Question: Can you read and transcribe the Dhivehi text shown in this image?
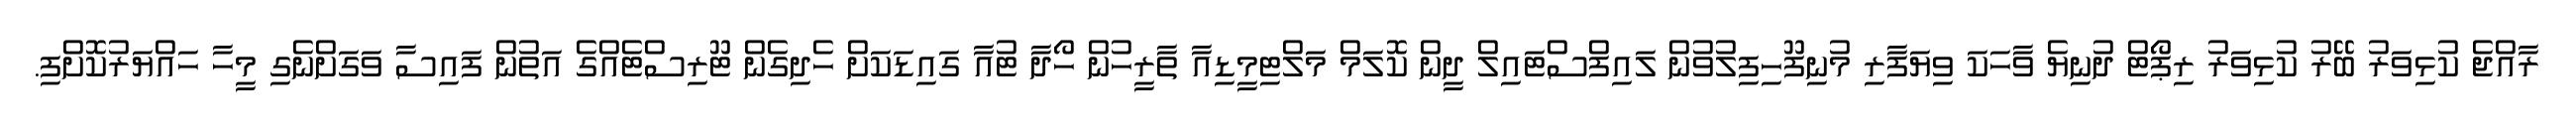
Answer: ރާއްޖެ ކުޅިވަރު ބޭރު ކުޅިވަރު ރިޕޯޓް ދުނިޔެ ވާހަކަ ވިޔަފާރި މުނިފޫހިފިލުވުން ލައިފްސްޓައިލް ދީން ކޮލަމް މަލްޓިމީޑިއާ ތާރީހުން ހޯދާ ޓުއާ ގައިޑަކަށް ހެދިގެން ޓޫރިސްޓެއްގެ އަތުން ފައިސާ ވަގަށްނެގި މީހާ ހައްޔަރުކޮށްފި.